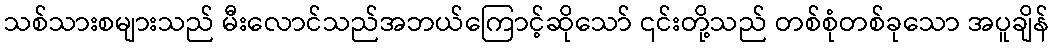
သစ်သားစများသည် မီးလောင်သည်အဘယ်ကြောင့်ဆိုသော် ၎င်းတို့သည် တစ်စုံတစ်ခုသော အပူချိန်